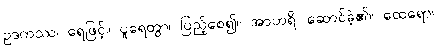
ဥဒကဿ၊ ရေဖြင့်။ ပူရေတွာ၊ ပြည့်စေ၍။ အာဟရိ၊ ဆောင်ခဲ့၏။ ထေရော၊